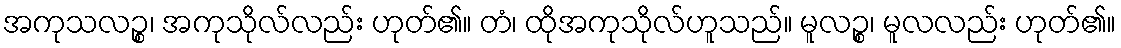
အကုသလဉ္စ၊ အကုသိုလ်လည်း ဟုတ်၏။ တံ၊ ထိုအကုသိုလ်ဟူသည်။ မူလဉ္စ၊ မူလလည်း ဟုတ်၏။